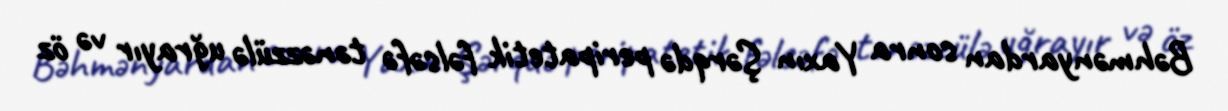
Bəhmənyardan sonra Yaxın Şərqdə peripatetik fəlsəfə tənəzzülə uğrayır və öz